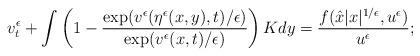
LaTeX: \begin{align*}v_t^\epsilon + \int \left( 1-\frac{\exp(v^\epsilon(\eta^\epsilon(x,y),t)/\epsilon)}{\exp(v^\epsilon(x,t)/\epsilon)} \right) K dy= \frac{f(\hat{x}|x|^{1/\epsilon}, u^\epsilon)}{u^\epsilon};\end{align*}